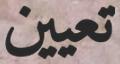
تعيين